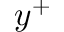
y ^ { + }